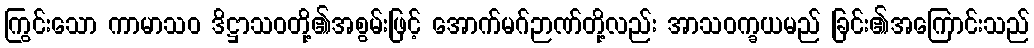
ကြွင်းသော ကာမာသဝ ဒိဋ္ဌာသဝတို့၏အစွမ်းဖြင့် အောက်မဂ်ဉာဏ်တို့လည်း အာသဝက္ခယမည် ခြင်း၏အကြောင်းသည်